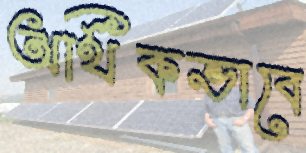
অর্থিকভাবে